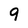
Character: 9